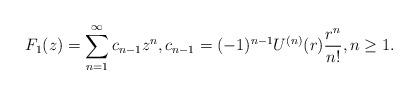
LaTeX: \begin{align*}F_1(z)= \sum_{n=1}^\infty c_{n-1}z^n,c_{n-1}= (-1)^{n-1} U^{(n)}(r) \frac{r^n}{n!}, n\ge1.\end{align*}